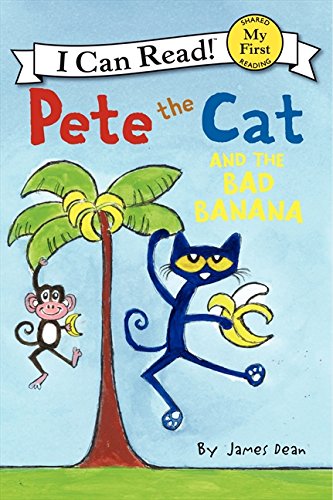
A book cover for Pete the Cat and the Bad Banana (My First I Can Read); James Dean; Children's Books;